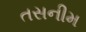
તસનીમ